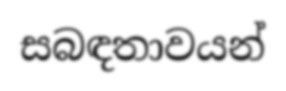
සබඳතාවයන්